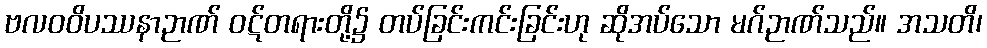
ဗလဝဝိပဿနာဉာဏ် ဝဋ်တရားတို့၌ တပ်ခြင်းကင်းခြင်းဟု ဆိုအပ်သော မဂ်ဉာဏ်သည်။ အသတိ၊